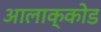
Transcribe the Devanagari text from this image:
आलाक्कोड